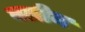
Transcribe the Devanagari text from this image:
वलीम